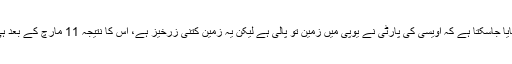
اس سے اندازہ لگایا جاسکتا ہے کہ اویسی کی پارٹی نے یوپی میں زمین تو پالی ہے لیکن یہ زمین کتنی زرخیز ہے، اس کا نتیجہ 11 مارچ کے بعد ہی سامنے آئے گا۔